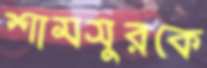
শামসুরকে